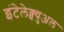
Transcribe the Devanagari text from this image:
इंटेलेक्च्युअल